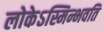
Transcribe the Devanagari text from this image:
लोकेऽस्मिन्भवति